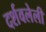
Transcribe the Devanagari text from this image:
दर्शवलेली